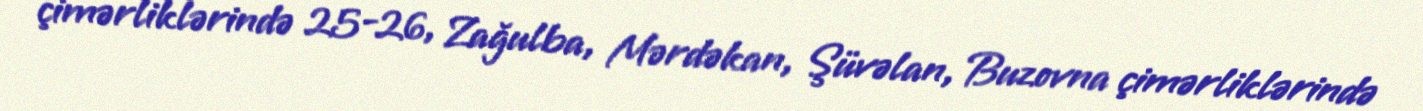
çimərliklərində 25-26, Zağulba, Mərdəkan, Şüvəlan, Buzovna çimərliklərində